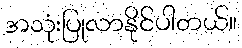
အသုံးပြုလာနိုင်ပါတယ်။